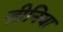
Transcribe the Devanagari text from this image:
ज़ीनिया